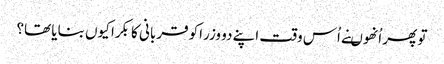
تو پھر اُنھوںنے اُس وقت اپنے دو وزراکو قربانی کا بکرا کیوں بنایا تھا؟